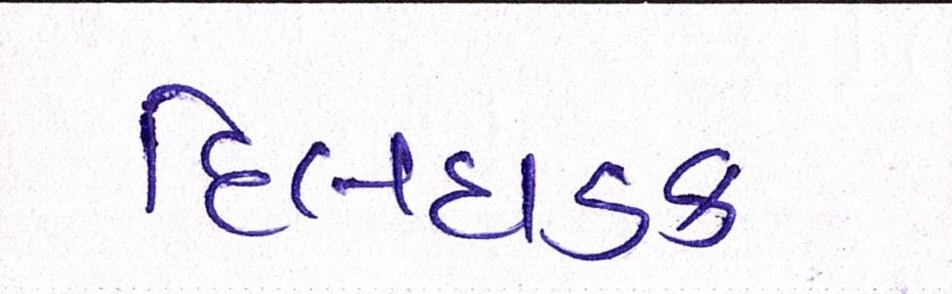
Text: દિલધડક